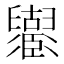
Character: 𦦶